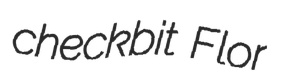
checkbit Flor